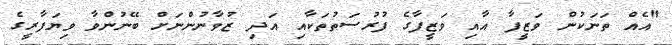
"އެއް ތަނަކުން ވަޒީފާ އާއި ވަޒީފާގެ ފުރުސަތުތަކާއި އަދި ޒުވާނުންނަށް ބޭނުންވާ ވިޔަފާރީގެ